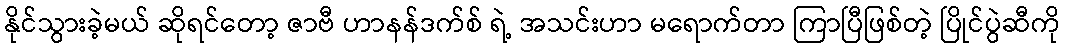
နိုင်သွားခဲ့မယ် ဆိုရင်တော့ ဇာဗီ ဟာနန်ဒက်စ် ရဲ့ အသင်းဟာ မရောက်တာ ကြာပြီဖြစ်တဲ့ ပြိုင်ပွဲဆီကို